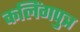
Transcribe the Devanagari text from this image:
कलिंगपुत्र